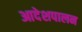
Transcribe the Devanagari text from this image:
आदेशपालन